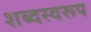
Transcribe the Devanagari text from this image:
शब्दस्वरूप